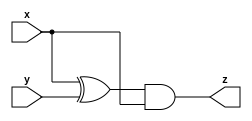
module module_a (input x, input y, output z);
	
    assign z = (x ^ y) & x;
    
endmodule

module module_b ( input x, input y, output z );
	
    assign z = ~(x ^ y);
    
endmodule

module top_module (input x, input y, output z);
    
    wire intermediate_1, intermediate_2, intermediate_3, intermediate_4;
    wire gate_output_1, gate_output_2;
    
    module_a a_1 (.x(x), .y(y), .z(intermediate_1));
    module_b b_1 (.x(x), .y(y), .z(intermediate_2));
    module_a a_2 (.x(x), .y(y), .z(intermediate_3));
    module_b b_2 (.x(x), .y(y), .z(intermediate_4));
    
    assign gate_output_1 = intermediate_1 | intermediate_2;
    assign gate_output_2 = intermediate_3 & intermediate_4;
    
    assign z = gate_output_1 ^ gate_output_2;

endmodule